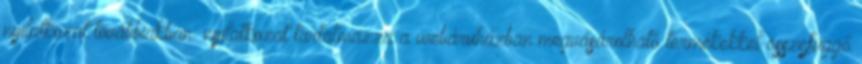
nyilatkozat továbbiakban: nyilatkozat tartalmazza a webáruházban megvásárolható termékekkel összefüggő